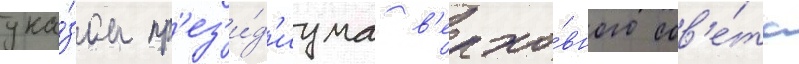
ука́зом пр'ез'и́д'иума в'ерхо́вного сов'е́та